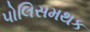
પોલિસમથક